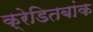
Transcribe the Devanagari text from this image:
क्रेडितबांक